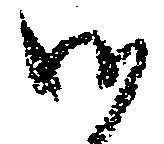
御